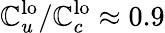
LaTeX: \mathbb{C}_{u}^{\mathrm{{lo}}}/\mathbb{C}_{c}^{\mathrm{{lo}}}\approx 0.9